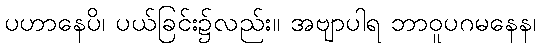
ပဟာနေပိ၊ ပယ်ခြင်း၌လည်း။ အဗျာပါရ ဘာဝူပဂမနေန၊